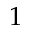
1